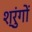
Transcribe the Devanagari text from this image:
श्रुंगों